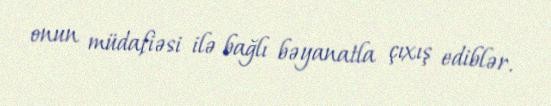
onun müdafiəsi ilə bağlı bəyanatla çıxış ediblər.